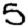
Digit: 5